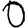
Digit: 0